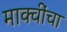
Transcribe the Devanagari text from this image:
माक्वींचा